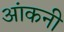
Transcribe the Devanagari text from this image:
आंकनी